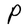
Character: P